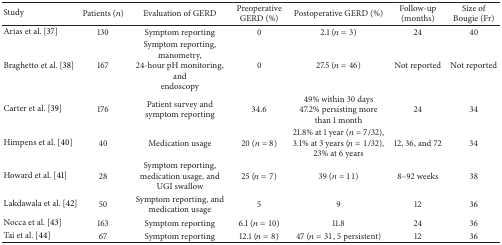
<table><thead><tr><td><b>Study</b></td><td><b>Patients (<i>n</i>)</b></td><td><b>Evaluation of GERD</b></td><td><b>Preoperative GERD (%)</b></td><td><b>Postoperative GERD (%)</b></td><td><b>Follow-up (months)</b></td><td><b>Size of Bougie (Fr)</b></td></tr></thead><tbody><tr><td>Arias et al. [37]</td><td>130</td><td>Symptom reporting</td><td>0</td><td>2.1 (<i>n</i> = 3)</td><td>24</td><td>40</td></tr><tr><td>Braghetto et al. [38]</td><td>167</td><td>Symptom reporting, manometry, 24-hour pH monitoring, and endoscopy</td><td>0</td><td>27.5 (<i>n</i> = 46)</td><td>Not reported</td><td>Not reported</td></tr><tr><td>Carter et al. [39]</td><td>176</td><td>Patient survey and symptom reporting</td><td>34.6</td><td>49% within 30 days47.2% persisting more than 1 month</td><td>24</td><td>34</td></tr><tr><td>Himpens et al. [40]</td><td>40</td><td>Medication usage</td><td>20 (<i>n</i> = 8)</td><td>21.8% at 1 year (<i>n</i> = 7/32), 3.1% at 3 years (<i>n</i> = 1/32),23% at 6 years</td><td>12, 36, and 72</td><td>34</td></tr><tr><td>Howard et al. [41]</td><td>28</td><td>Symptom reporting, medication usage, andUGI swallow</td><td>25 (<i>n</i> = 7)</td><td>39 (<i>n</i> = 11)</td><td>8–92 weeks</td><td>38</td></tr><tr><td>Lakdawala et al. [42]</td><td>50</td><td>Symptom reporting, and medication usage</td><td>5</td><td>9</td><td>12</td><td>36</td></tr><tr><td>Nocca et al. [43]</td><td>163</td><td>Symptom reporting</td><td>6.1 (<i>n</i> = 10)</td><td>11.8</td><td>24</td><td>36</td></tr><tr><td>Tai et al. [44]</td><td>67</td><td>Symptom reporting</td><td>12.1 (<i>n</i> = 8)</td><td>47 (<i>n</i> = 31, 5 persistent)</td><td>12</td><td>36</td></tr></tbody></table>